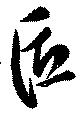
匠